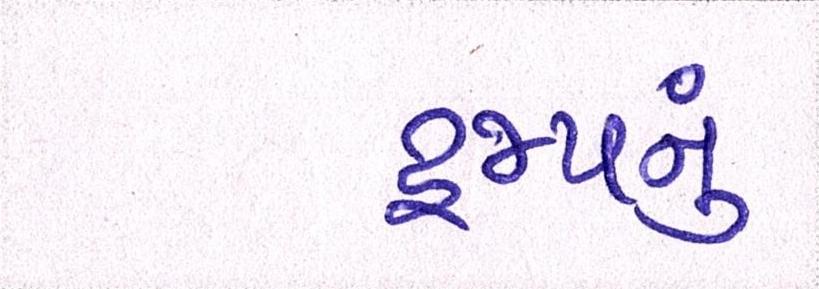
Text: ટ્રમ્પનું